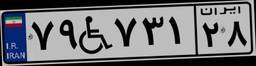
۷۹W۷۳۱۲۸